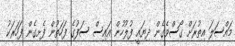
މައްސަލަ އިތުރަށް ގޯސްވެގެން ދިޔައީ ފުލުހުން އައިސް ސަފުގެ ފަހަތުން ފެށިގެން ފަހަރަކު